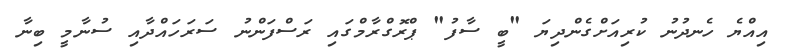
އިއްޔެ ހެނދުނު ކުރިއަށްގެންދިޔަ "ބީ ސާފު" ޕްރޮގްރާމްގައި ރަސްފަންނު ސަރަހައްދާއި ސުނާމީ ބިނާ